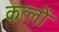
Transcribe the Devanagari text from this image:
कत्लों